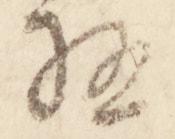
極